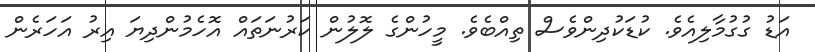
އަޑު ގުގުމާލިއެވެ. ކުޑަކުދިންވެސް ތިއްބެވެ. މީހުންގެ ލޮލުން ކަރުނަތައް އޮހެމުންދިޔަ އިރު އަހަރެން